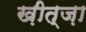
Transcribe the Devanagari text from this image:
ख़ीत्ज़ा